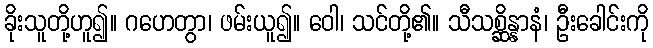
ခိုးသူတို့ဟူ၍။ ဂဟေတွာ၊ ဖမ်းယူ၍။ ဝေါ၊ သင်တို့၏။ သီသစ္ဆိန္နာနံ၊ ဦးခေါင်းကို